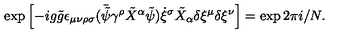
\exp \left[ - i g \tilde { g } \epsilon _ { \mu \nu \rho \sigma } ( \bar { \tilde { \psi } } \gamma ^ { \rho } \tilde { X } ^ { \alpha } \tilde { \psi } ) \dot { \xi } ^ { \sigma } \tilde { X } _ { \alpha } \delta \xi ^ { \mu } \delta \xi ^ { \nu } \right] = \exp 2 \pi i / N .